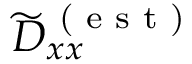
\widetilde { D } _ { x x } ^ { \textrm { ( e s t ) } }